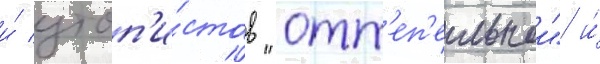
и́ утоп'и́стов "отт'еп'ельнои" и́